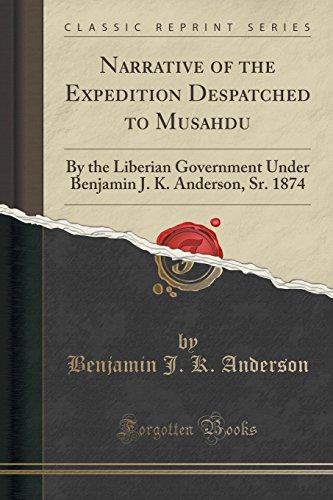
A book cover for Narrative of the Expedition Despatched to Musahdu: By the Liberian Government Under Benjamin J. K. Anderson, Sr. 1874 (Classic Reprint); Benjamin J. K. Anderson; Travel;